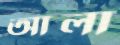
আলা